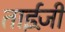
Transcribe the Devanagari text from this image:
ताईज़ी